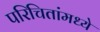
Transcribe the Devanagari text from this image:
परिचितांमध्ये